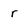
Character: r